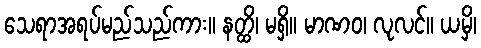
သေရာအရပ်မည်သည်ကား။ နတ္ထိ၊ မရှိ။ မာဏဝ၊ လုလင်။ ယမှိ၊